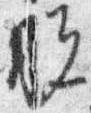
脱